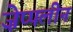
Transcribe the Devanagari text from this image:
ज़ेप्पलीन